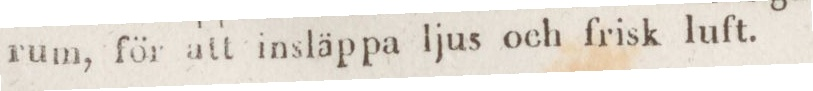
rum, för att insläppa ljus och frisk luft.